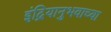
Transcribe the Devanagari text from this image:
इंद्रियानुभवाच्या